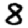
Digit: 8